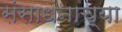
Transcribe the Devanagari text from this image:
संसाधंनाच्या